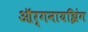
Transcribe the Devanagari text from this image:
ऑर्गनायझिंग